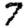
Digit: 7